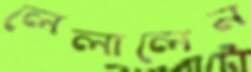
লেলালেন